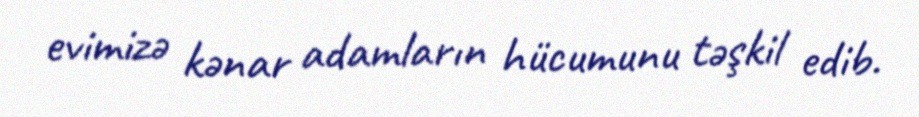
evimizə kənar adamların hücumunu təşkil edib.